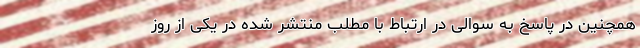
همچنین در پاسخ به سوالی در ارتباط با مطلب منتشر شده در یکی از روز